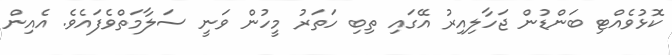
ކޮޅުވެއްޓި ބަންޑުން ޖަހާލިއިރު އޭގައި ތިބި ހަތަރު މީހުން ވަނީ ސަލާމަތްވެފައެވެ. އެއިން